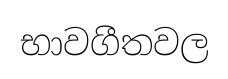
භාවගීතවල